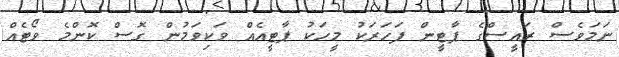
ނަމަވެސް ރައީސްގެ ޕާޓީން ފަހަރަކު މީހަކު ޕާޓީއެއް ވަކިވަމުން ގޮސް ކޮންމެ ވޯޓެއް